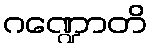
ဂဏ္ဍောတိ